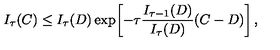
I _ { \tau } ( C ) \le I _ { \tau } ( D ) \exp \! \left[ - \tau { \frac { I _ { \tau - 1 } ( D ) } { I _ { \tau } ( D ) } } ( C - D ) \right] ,